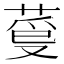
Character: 𦳡